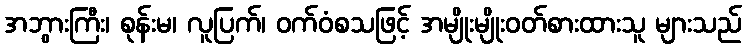
အဘွားကြီး၊ စုန်းမ၊ လူပြက်၊ ဝက်ဝံစသဖြင့် အမျိုးမျိုးဝတ်စားထားသူ များသည်